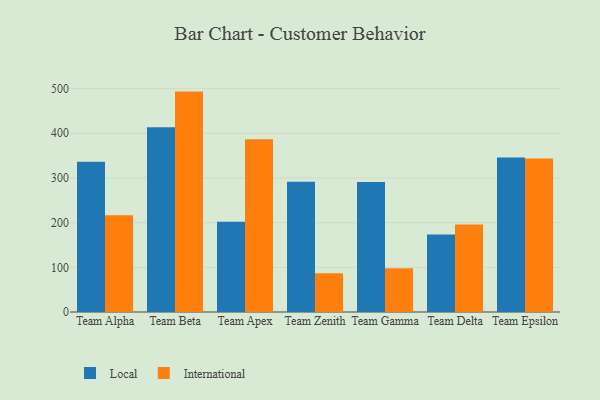
{"axis": {"x": "Team", "y": "Page Views"}, "legend": ["International", "Local"], "data": [{"x": "Team Alpha", "y": 336.5, "type": "Local"}, {"x": "Team Alpha", "y": 216.8, "type": "International"}, {"x": "Team Beta", "y": 413.7, "type": "Local"}, {"x": "Team Beta", "y": 493.3, "type": "International"}, {"x": "Team Apex", "y": 202.1, "type": "Local"}, {"x": "Team Apex", "y": 386.5, "type": "International"}, {"x": "Team Zenith", "y": 291.8, "type": "Local"}, {"x": "Team Zenith", "y": 86.5, "type": "International"}, {"x": "Team Gamma", "y": 291.1, "type": "Local"}, {"x": "Team Gamma", "y": 98.1, "type": "International"}, {"x": "Team Delta", "y": 173.3, "type": "Local"}, {"x": "Team Delta", "y": 195.6, "type": "International"}, {"x": "Team Epsilon", "y": 345.7, "type": "Local"}, {"x": "Team Epsilon", "y": 343.7, "type": "International"}]}